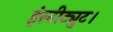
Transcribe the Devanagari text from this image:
इंस्टीट्युट।